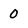
Character: 0